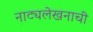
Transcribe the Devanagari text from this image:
नाट्यलेखनाची